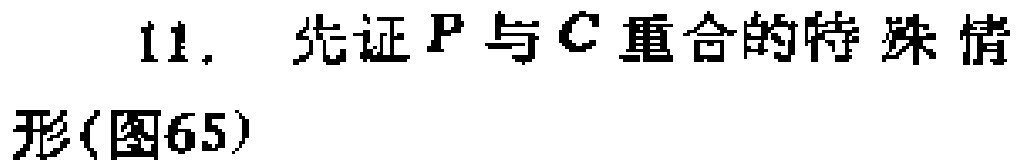
11. 先证 \(P\) 与 \(C\) 重合的特殊情形(图65)